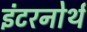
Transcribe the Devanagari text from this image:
इंटरनोर्थ